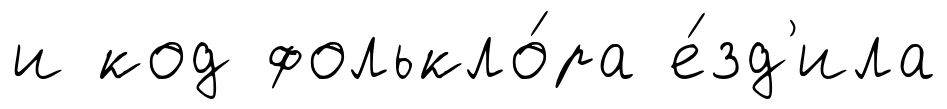
и код фолькло́ра е́зд'ила